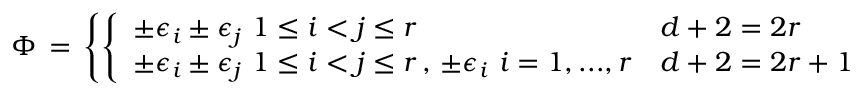
\Phi \, = \, \left\{ \left\{ \begin{array} { l l } { { \pm \epsilon _ { i } \pm \epsilon _ { j } \, \, 1 \le i < j \le r } } & { { d + 2 = 2 r } } \\ { { \pm \epsilon _ { i } \pm \epsilon _ { j } \, \, 1 \le i < j \le r \, , \, \pm \epsilon _ { i } \, \, i = 1 , . . . , r } } & { { d + 2 = 2 r + 1 } } \end{array} \right. \right.